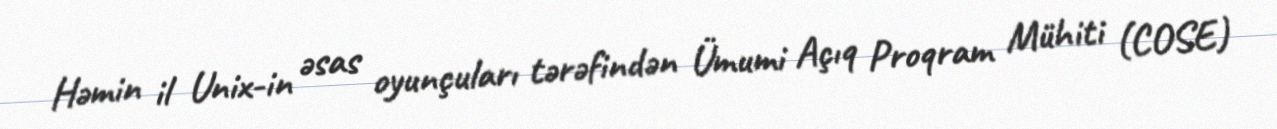
Həmin il Unix-in əsas oyunçuları tərəfindən Ümumi Açıq Proqram Mühiti (COSE)